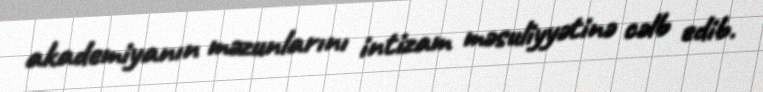
akademiyanın məzunlarını intizam məsuliyyətinə cəlb edib.